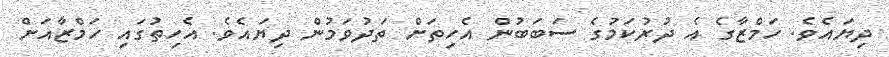
ދިޔައެވެ. ހަމްޒާގެ އެ ދުރުކަމުގެ ސަބަބުން އެހިތަށް ތަދުވަމުން ދިޔައެވެ. އެހިތުގައި ހަމްޒާއަށް